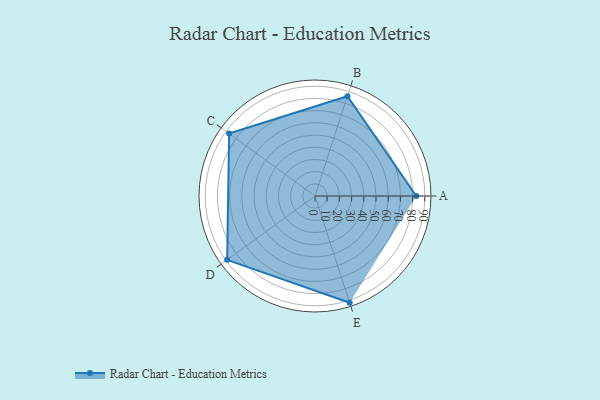
{"axis": {"x": "Skill", "y": "Score"}, "legend": ["Profile"], "data": [{"x": "A", "y": 83.0, "type": "Profile"}, {"x": "B", "y": 86.0, "type": "Profile"}, {"x": "C", "y": 87.0, "type": "Profile"}, {"x": "D", "y": 89.0, "type": "Profile"}, {"x": "E", "y": 92.0, "type": "Profile"}]}